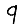
Digit: 9